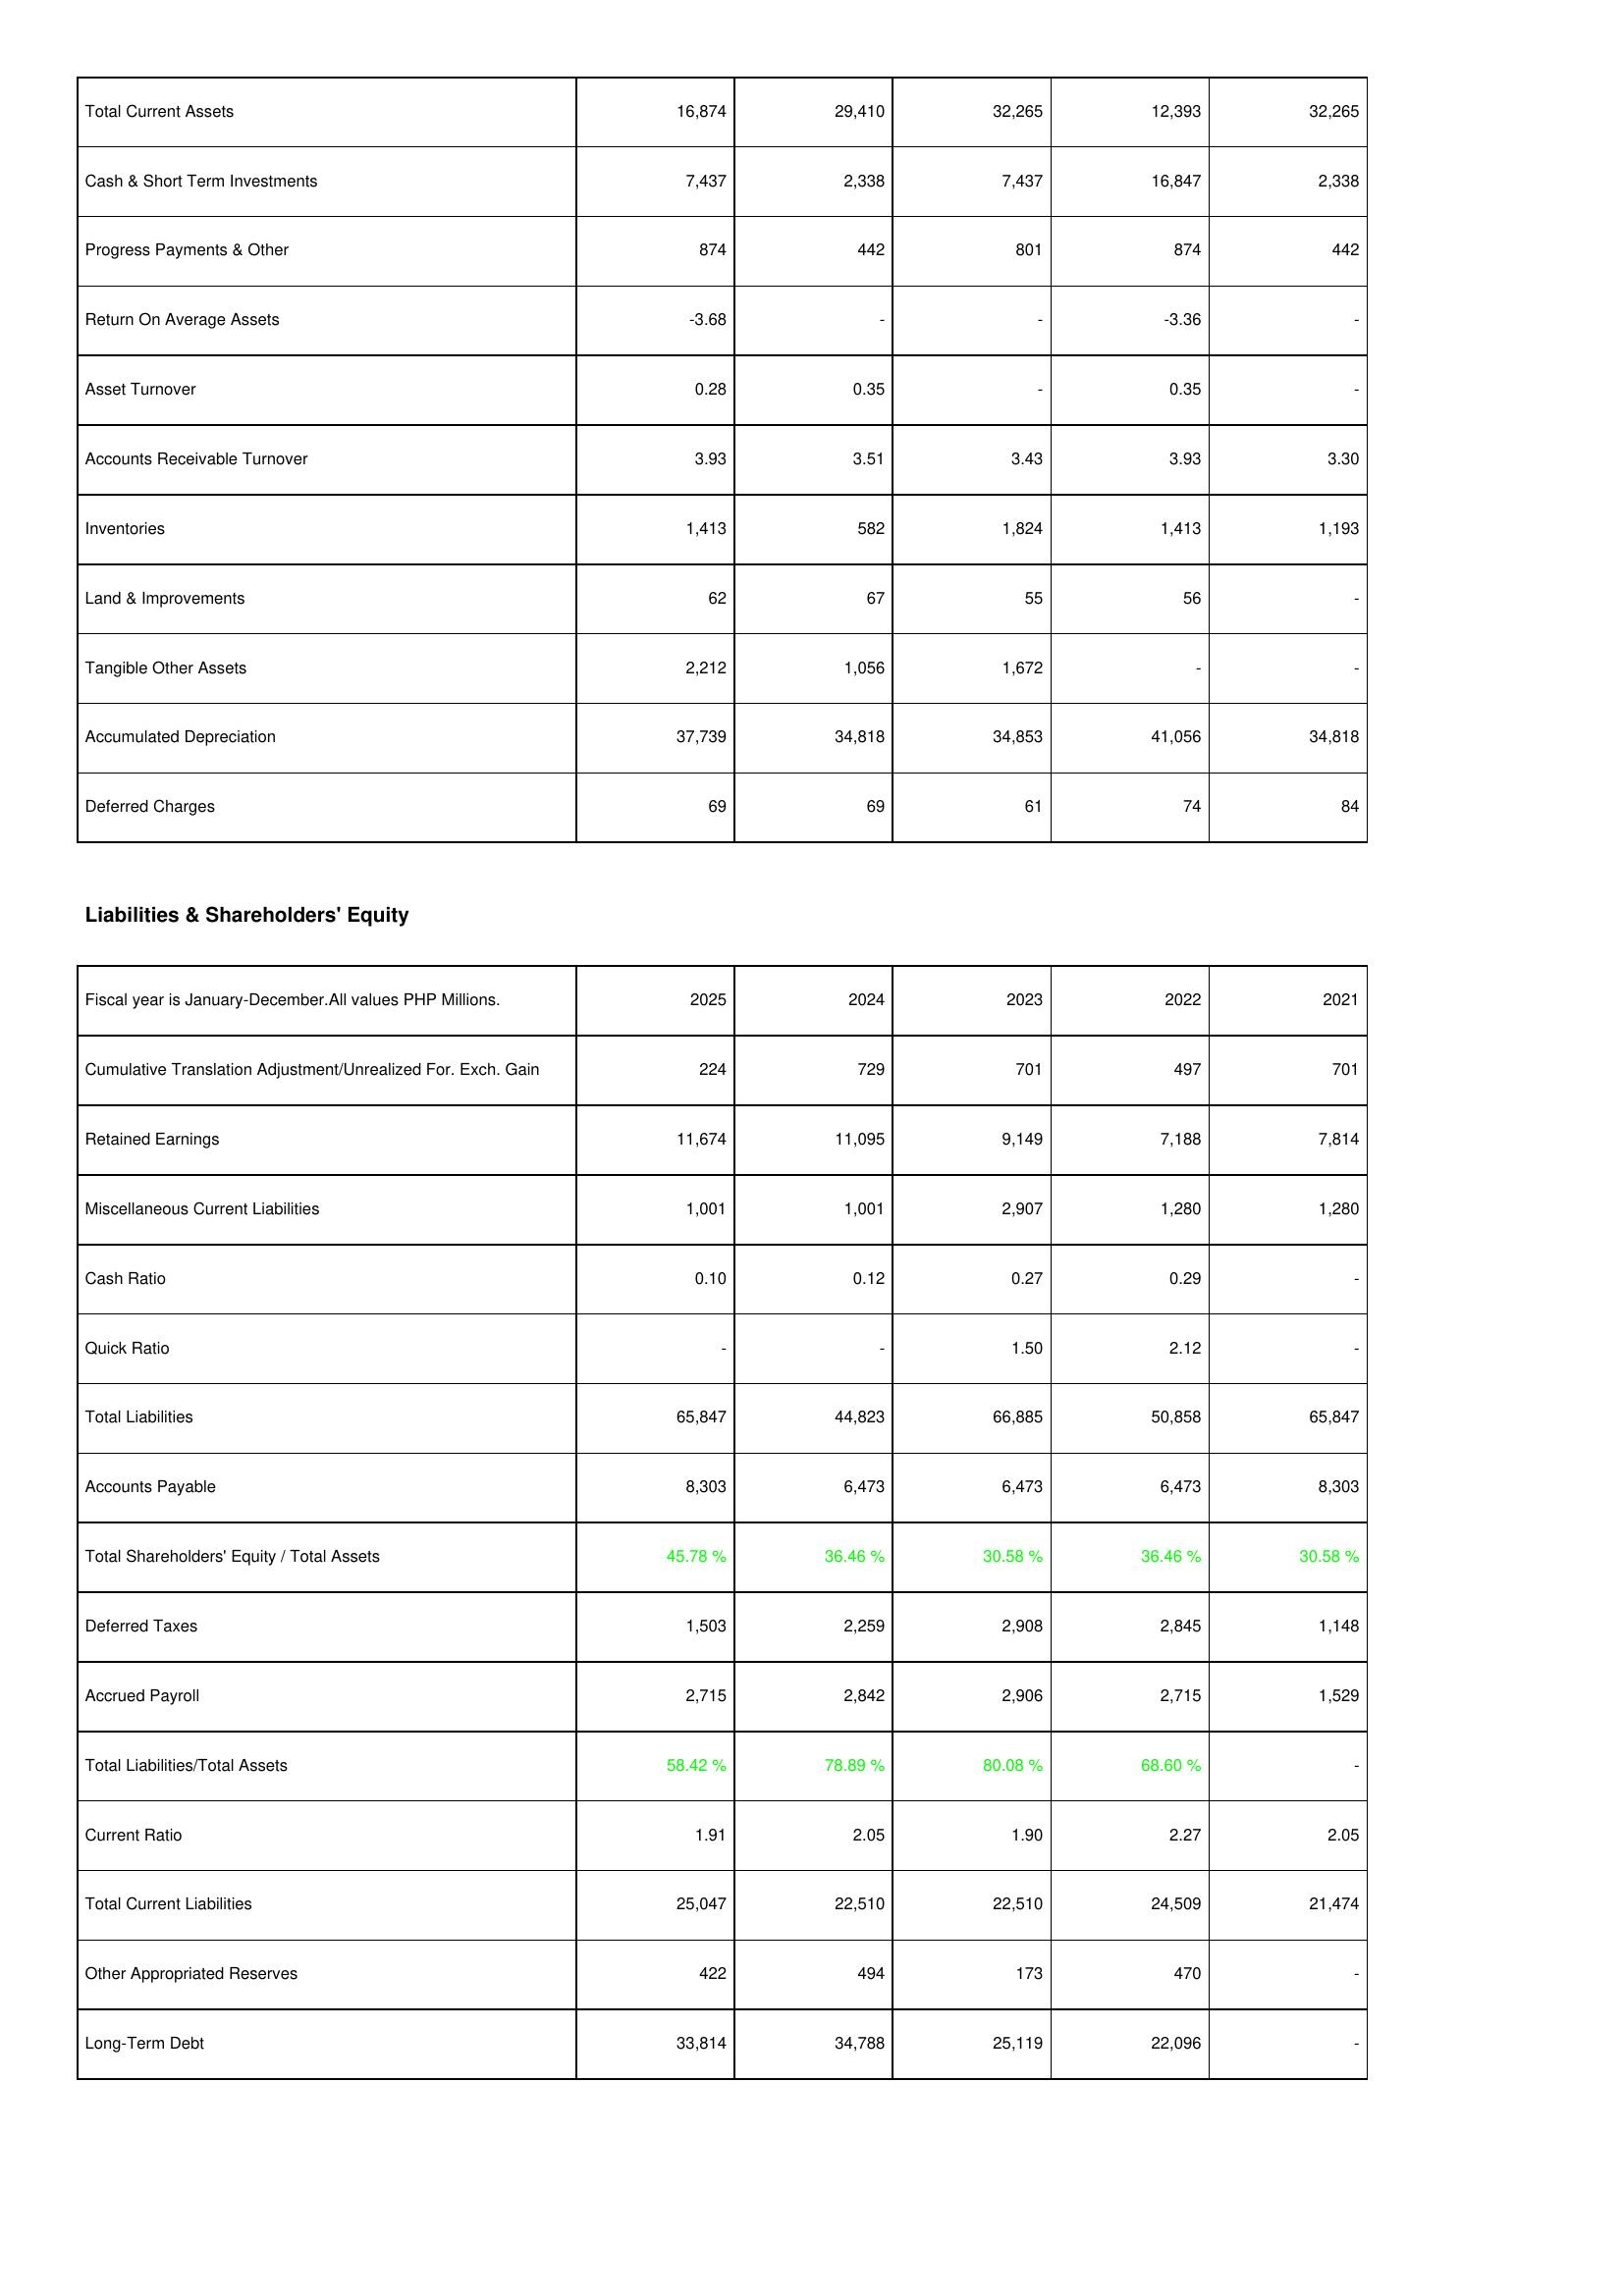
2025: Assets: Total Current Assets: 16,874
Cash & Short Term Investments: 7,437
Progress Payments & Other: 874
Return On Average Assets: -3.68
Asset Turnover: 0.28
Accounts Receivable Turnover: 3.93
Inventories: 1,413
Land & Improvements: 62
Tangible Other Assets: 2,212
Accumulated Depreciation: 37,739
Deferred Charges: 69
Liabilities & Shareholders' Equity: Cumulative Translation Adjustment/Unrealized For. Exch. Gain: 224
Retained Earnings: 11,674
Miscellaneous Current Liabilities: 1,001
Cash Ratio: 0.10
Quick Ratio: -
Total Liabilities: 65,847
Accounts Payable: 8,303
Total Shareholders' Equity / Total Assets: 45.78 %
Deferred Taxes: 1,503
Accrued Payroll: 2,715
Total Liabilities/Total Assets: 58.42 %
Current Ratio: 1.91
Total Current Liabilities: 25,047
Other Appropriated Reserves: 422
Long-Term Debt: 33,814
2024: Assets: Total Current Assets: 29,410
Cash & Short Term Investments: 2,338
Progress Payments & Other: 442
Return On Average Assets: -
Asset Turnover: 0.35
Accounts Receivable Turnover: 3.51
Inventories: 582
Land & Improvements: 67
Tangible Other Assets: 1,056
Accumulated Depreciation: 34,818
Deferred Charges: 69
Liabilities & Shareholders' Equity: Cumulative Translation Adjustment/Unrealized For. Exch. Gain: 729
Retained Earnings: 11,095
Miscellaneous Current Liabilities: 1,001
Cash Ratio: 0.12
Quick Ratio: -
Total Liabilities: 44,823
Accounts Payable: 6,473
Total Shareholders' Equity / Total Assets: 36.46 %
Deferred Taxes: 2,259
Accrued Payroll: 2,842
Total Liabilities/Total Assets: 78.89 %
Current Ratio: 2.05
Total Current Liabilities: 22,510
Other Appropriated Reserves: 494
Long-Term Debt: 34,788
2023: Assets: Total Current Assets: 32,265
Cash & Short Term Investments: 7,437
Progress Payments & Other: 801
Return On Average Assets: -
Asset Turnover: -
Accounts Receivable Turnover: 3.43
Inventories: 1,824
Land & Improvements: 55
Tangible Other Assets: 1,672
Accumulated Depreciation: 34,853
Deferred Charges: 61
Liabilities & Shareholders' Equity: Cumulative Translation Adjustment/Unrealized For. Exch. Gain: 701
Retained Earnings: 9,149
Miscellaneous Current Liabilities: 2,907
Cash Ratio: 0.27
Quick Ratio: 1.50
Total Liabilities: 66,885
Accounts Payable: 6,473
Total Shareholders' Equity / Total Assets: 30.58 %
Deferred Taxes: 2,908
Accrued Payroll: 2,906
Total Liabilities/Total Assets: 80.08 %
Current Ratio: 1.90
Total Current Liabilities: 22,510
Other Appropriated Reserves: 173
Long-Term Debt: 25,119
2022: Assets: Total Current Assets: 12,393
Cash & Short Term Investments: 16,847
Progress Payments & Other: 874
Return On Average Assets: -3.36
Asset Turnover: 0.35
Accounts Receivable Turnover: 3.93
Inventories: 1,413
Land & Improvements: 56
Tangible Other Assets: -
Accumulated Depreciation: 41,056
Deferred Charges: 74
Liabilities & Shareholders' Equity: Cumulative Translation Adjustment/Unrealized For. Exch. Gain: 497
Retained Earnings: 7,188
Miscellaneous Current Liabilities: 1,280
Cash Ratio: 0.29
Quick Ratio: 2.12
Total Liabilities: 50,858
Accounts Payable: 6,473
Total Shareholders' Equity / Total Assets: 36.46 %
Deferred Taxes: 2,845
Accrued Payroll: 2,715
Total Liabilities/Total Assets: 68.60 %
Current Ratio: 2.27
Total Current Liabilities: 24,509
Other Appropriated Reserves: 470
Long-Term Debt: 22,096
2021: Assets: Total Current Assets: 32,265
Cash & Short Term Investments: 2,338
Progress Payments & Other: 442
Return On Average Assets: -
Asset Turnover: -
Accounts Receivable Turnover: 3.30
Inventories: 1,193
Land & Improvements: -
Tangible Other Assets: -
Accumulated Depreciation: 34,818
Deferred Charges: 84
Liabilities & Shareholders' Equity: Cumulative Translation Adjustment/Unrealized For. Exch. Gain: 701
Retained Earnings: 7,814
Miscellaneous Current Liabilities: 1,280
Cash Ratio: -
Quick Ratio: -
Total Liabilities: 65,847
Accounts Payable: 8,303
Total Shareholders' Equity / Total Assets: 30.58 %
Deferred Taxes: 1,148
Accrued Payroll: 1,529
Total Liabilities/Total Assets: -
Current Ratio: 2.05
Total Current Liabilities: 21,474
Other Appropriated Reserves: -
Long-Term Debt: -